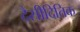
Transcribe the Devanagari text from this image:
दैसीदितिक